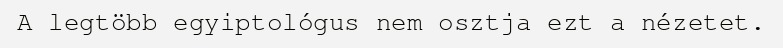
A legtöbb egyiptológus nem osztja ezt a nézetet.